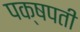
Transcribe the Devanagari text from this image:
पक्षपती